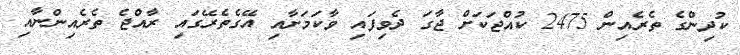
ކުދިންގެ ތެރެއިން 2475 ކުއްޖަކަށް ޖާގަ ދެވިފައި ވާކަމަށާއި އޭގެތެރޭގައި ރާއްޖެ ތެރެއިންނާއި